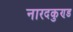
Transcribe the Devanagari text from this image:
नारदकुण्ड